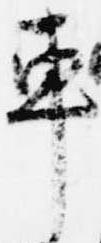
車